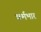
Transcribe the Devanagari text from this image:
कर्मभार